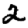
Digit: 2